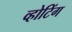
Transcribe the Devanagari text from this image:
व्होटिंग